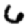
Digit: 6